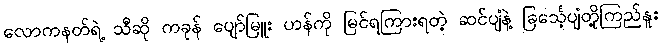
လောကနတ်ရဲ့ သီဆို ကခုန် ပျော်မြူး ဟန်ကို မြင်ရကြားရတဲ့ ဆင်ပျံနဲ့ ခြင်္သေ့ပျံတို့ကြည်နူး